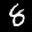
Label: 8